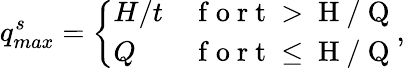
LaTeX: q_{max}^{s}=\left\{ \begin{array}{ll}{H/t}&{\mathrm{~f~o~r~t~>~H~/~Q~}}\\ {Q}&{\mathrm{~f~o~r~t~\leq~H~/~Q~}}\end{array}\right.,